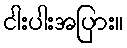
ငါးပါးအပြား။